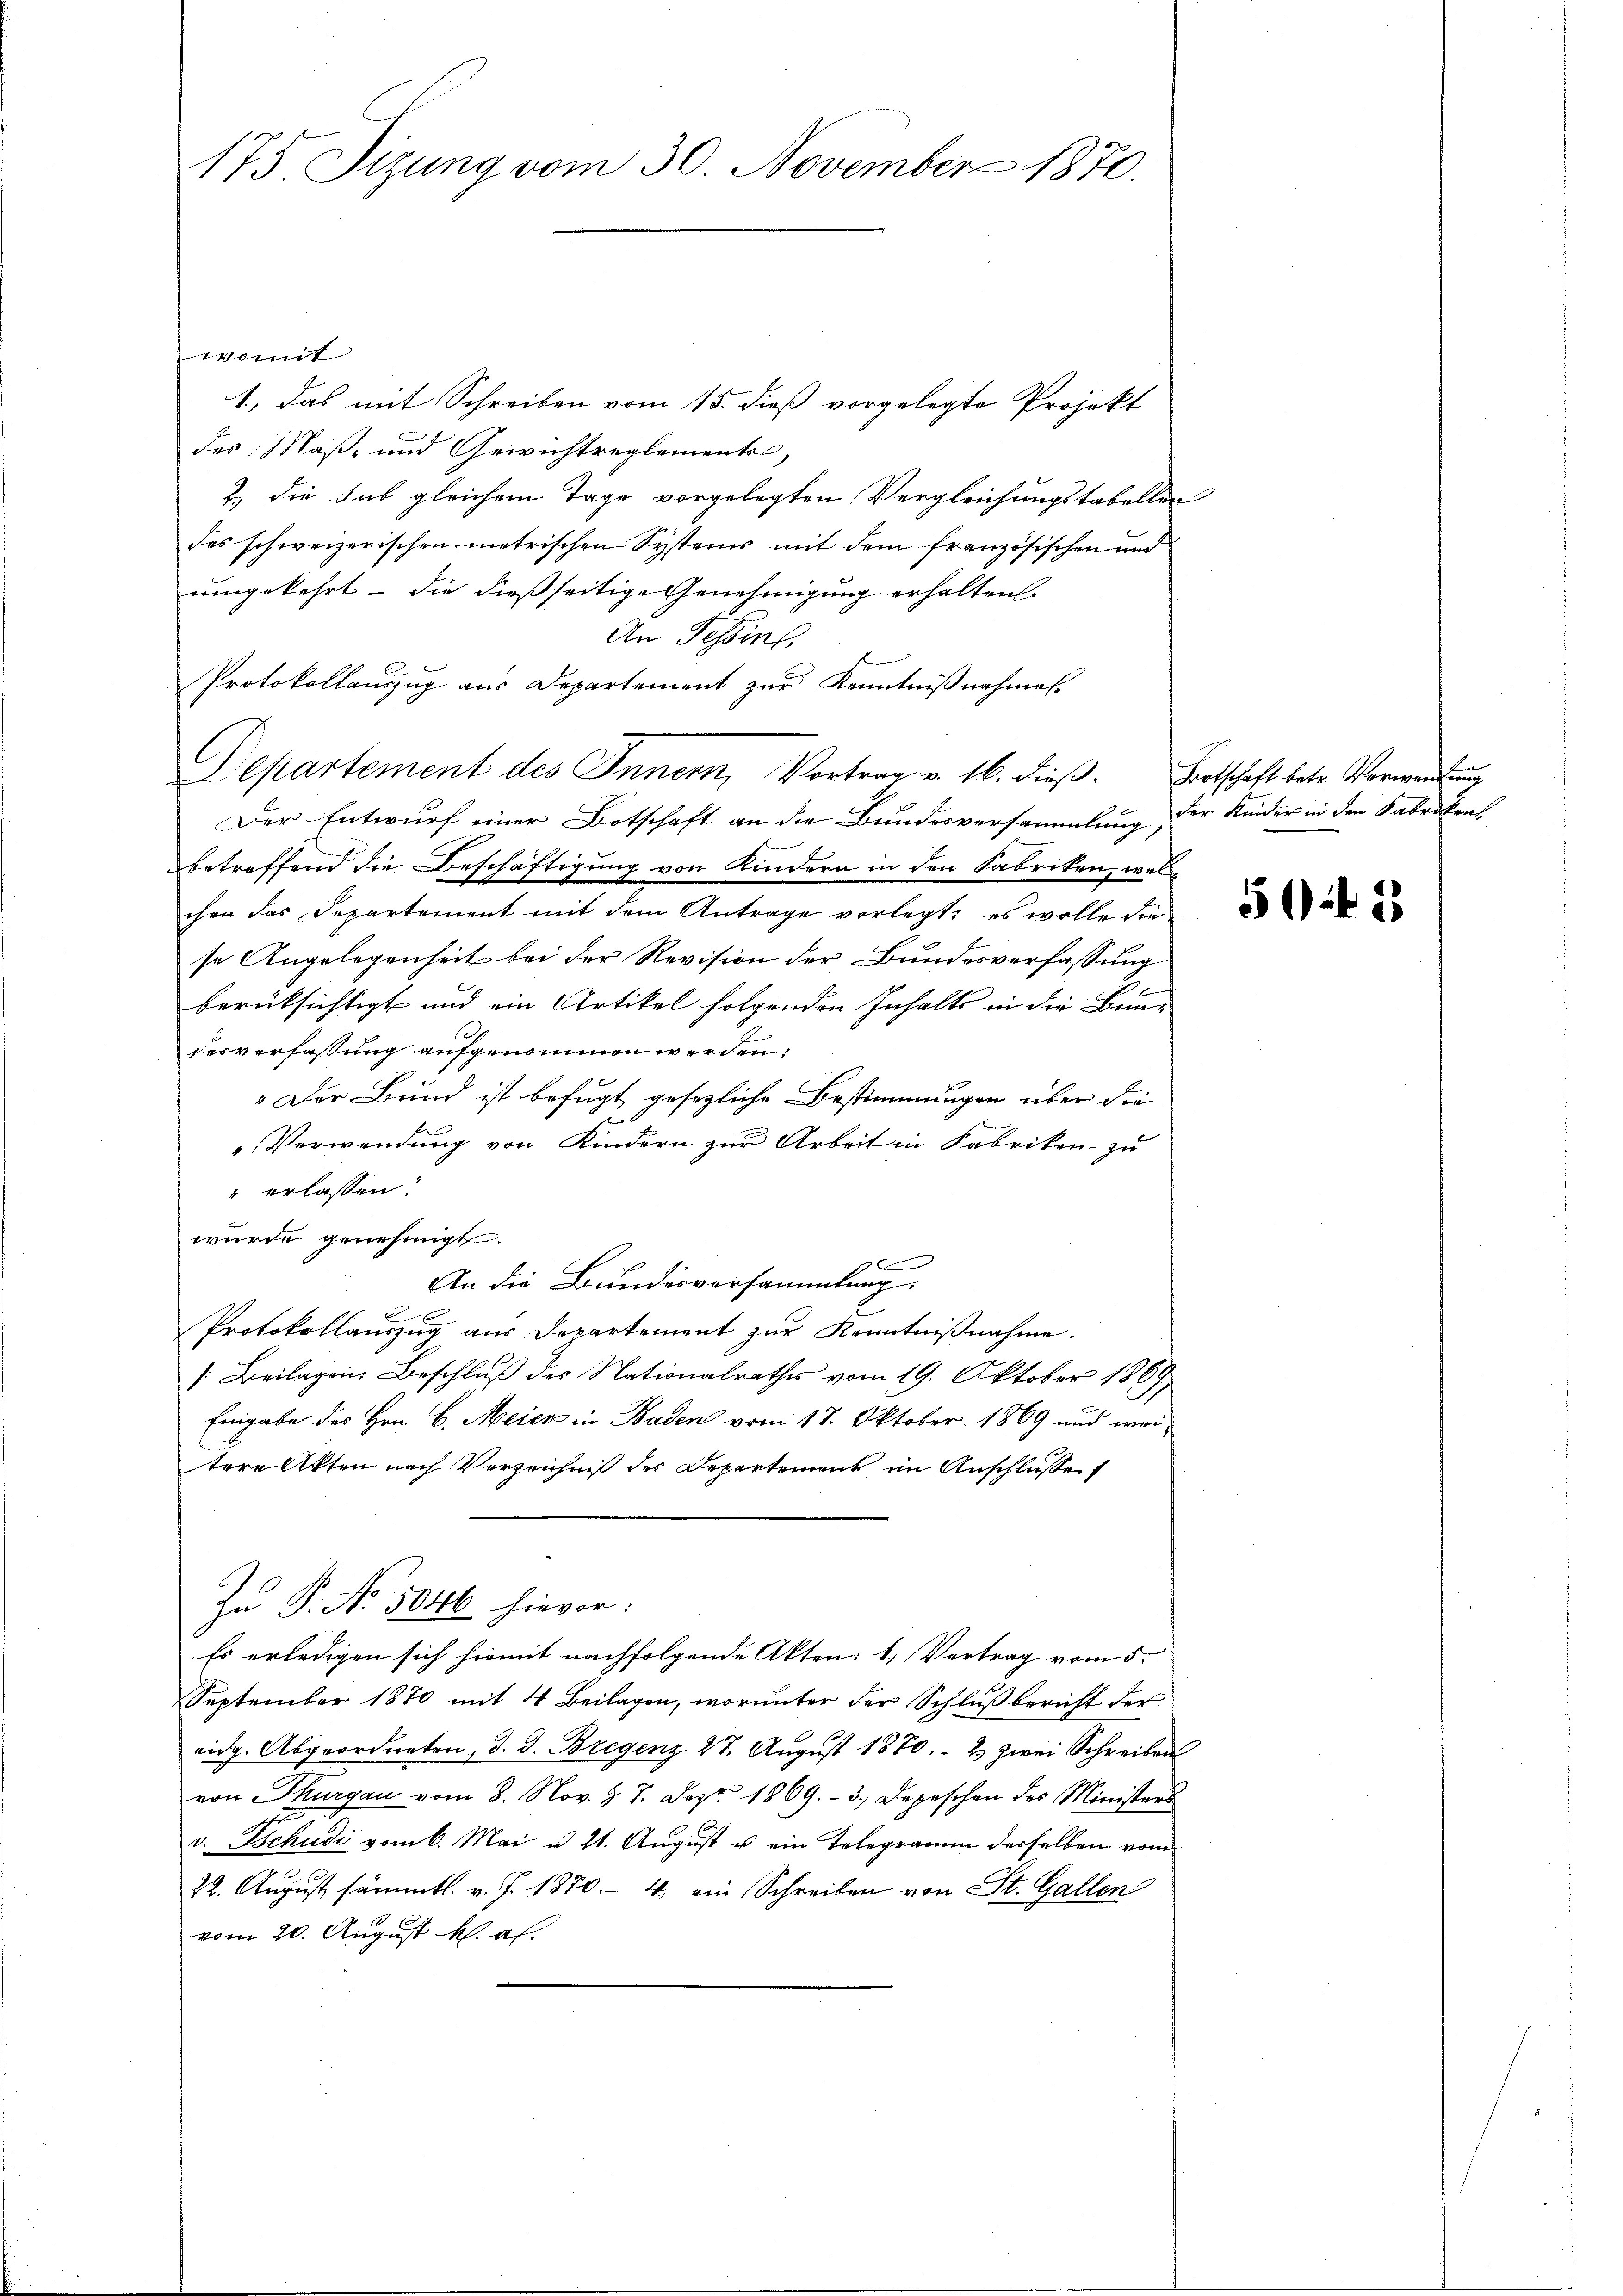
175 Sizung vom 30. November 1870.

womit
1., Das mit Schreiben vom 15. dieß vorgelegte Projekt
des Maß- und Gewichtreglement,
2.) Die Sub gleichem Tage vorgelegten Vergleichungstabellen
des schweizerischen metrischen Systems mit dem französischen und
umgekehrt – die dießseitige Genehmigung erhalten.
An Tessins
Protokollauszug aus Departement zŭr Kenntniβnahmen.
Departement des Innern, Vortrag v. 16. dieß.
Der Entwurf einer Botschaft an die Bundesversammlung, der Kinder in den Fabriken
betreffend die Beschäftigung von Kindern in den Sabriken, welchen das Separtement mit dem Antrage verlegt: es wolle die
se Angelegenheit bei der Revision der Bundesverfassung
e
berücksichtigt und ein Artikel folgenden Inhalts in die Bune
desverfassung aufgenommen werden,
„Der Bund ist befugt gesezliche Bestimmungen über die
Verwendung von Kindern zur Arbeit in Fabriken zu
 erlassen.
wurde genehmigt.
1
An die Bundesversammlung:
Protokollauszug aus Departement zur Kenntnißnahme.
[Beilagen Beschluß des Nationalrathes vom 19. Oktober 1869,
Eingabe des Hrn. B. Meier in Baden vom 17. Oktober 1869 und wei-
tere Akten nach Verzeichniß des Departement im Anschlusse
Zu P. No. 5046 hievor.
Es erledigen sich hiemit nachfolgende Akten: 1. Vertrag vom 5.
September 1870 mit 4 Beilagen, worunter der Schlußbericht der
eidg. Abgeordneten, d. d. Bregenz 27. Aŭgŭst 1870. - 2. zwei Schreiben
von Thurgau vom 8. Nov. §. 7. Dez. 1869.- 3. Depeschen des Ministers
v. Tschudi vom 6. Mai u. 21. August u ein Telegramm derselben vom
22. August sämmtl. v. J. 1870. - 4. ein Schreiben von St. Gallen
vom 20. August M. al.

Botschaft betr. Verwandung

50 f 25